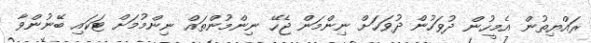
ރައްޔިތުން އެމީހުން ދުވަހުން ދުވަހަށް ނިންމަން ޖެހޭ ނިންމުންތައް ނިންމުމަށް ޓަކައި ބޭނުންވާ